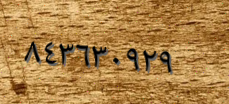
٨٤٣٦٣٠٩٢٩